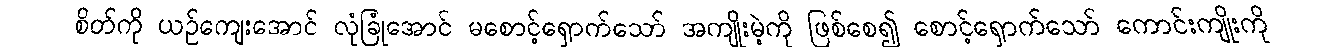
စိတ်ကို ယဉ်ကျေးအောင် လုံခြုံအောင် မစောင့်ရှောက်သော် အကျိုးမဲ့ကို ဖြစ်စေ၍ စောင့်ရှောက်သော် ကောင်းကျိုးကို